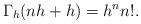
LaTeX: \begin{align*} \Gamma_h(nh+h) = h^n n!. \end{align*}